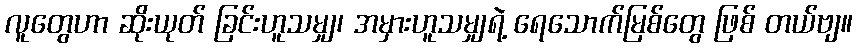
လူတွေဟာ ဆိုးယုတ် ခြင်းဟူသမျှ၊ အမှားဟူသမျှရဲ့ ရေသောက်မြစ်တွေ ဖြစ် တယ်ဗျ။